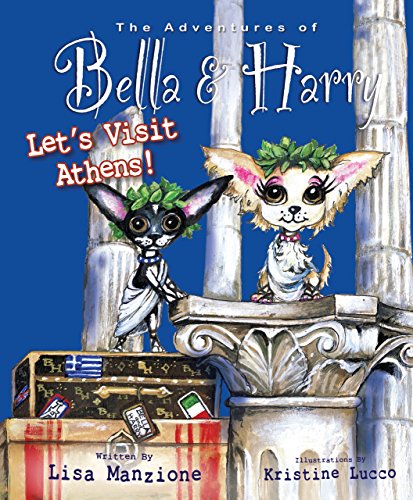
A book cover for Let's Visit Athens!: Adventures of Bella & Harry; Lisa Manzione; Travel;